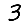
Digit: 3